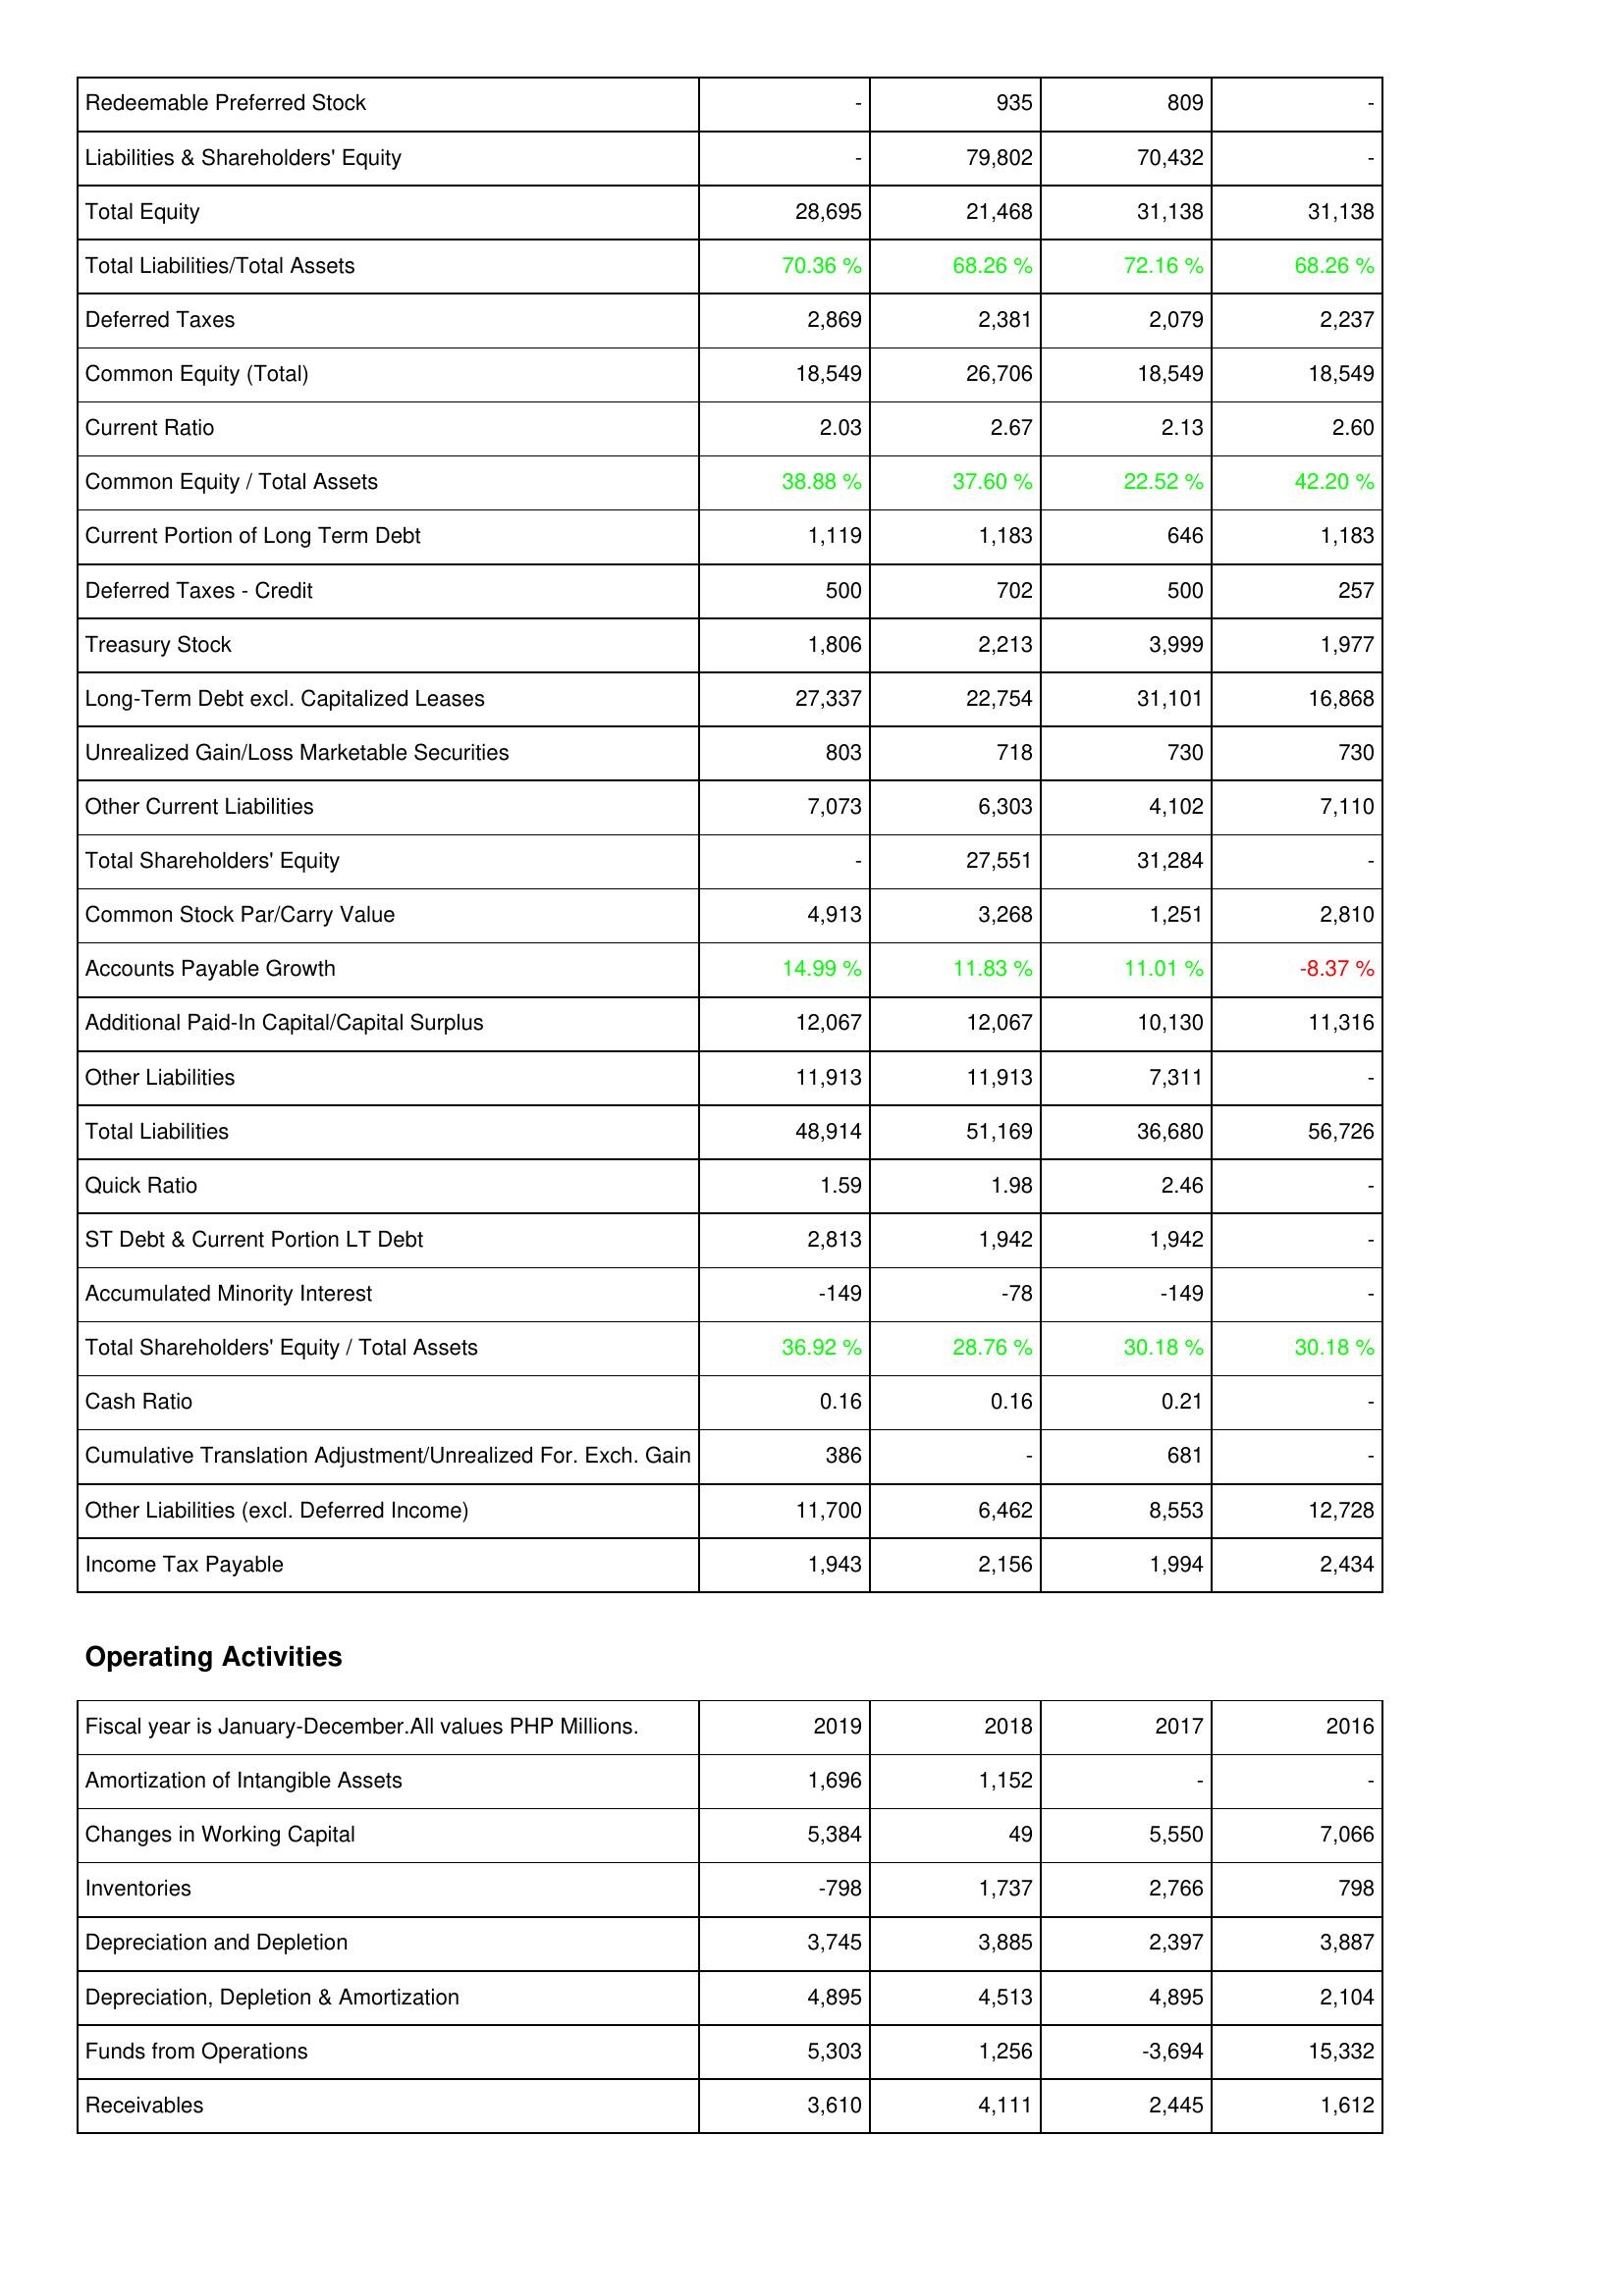
2019: Liabilities & Shareholders' Equity: Redeemable Preferred Stock: -
Liabilities & Shareholders' Equity: -
Total Equity: 28,695
Total Liabilities/Total Assets: 70.36 %
Deferred Taxes: 2,869
Common Equity (Total): 18,549
Current Ratio: 2.03
Common Equity / Total Assets: 38.88 %
Current Portion of Long Term Debt: 1,119
Deferred Taxes - Credit: 500
Treasury Stock: 1,806
Long-Term Debt excl. Capitalized Leases: 27,337
Unrealized Gain/Loss Marketable Securities: 803
Other Current Liabilities: 7,073
Total Shareholders' Equity: -
Common Stock Par/Carry Value: 4,913
Accounts Payable Growth: 14.99 %
Additional Paid-In Capital/Capital Surplus: 12,067
Other Liabilities: 11,913
Total Liabilities: 48,914
Quick Ratio: 1.59
ST Debt & Current Portion LT Debt: 2,813
Accumulated Minority Interest: -149
Total Shareholders' Equity / Total Assets: 36.92 %
Cash Ratio: 0.16
Cumulative Translation Adjustment/Unrealized For. Exch. Gain: 386
Other Liabilities (excl. Deferred Income): 11,700
Income Tax Payable: 1,943
Operating Activities: Amortization of Intangible Assets: 1,696
Changes in Working Capital: 5,384
Inventories: -798
Depreciation and Depletion: 3,745
Depreciation, Depletion & Amortization: 4,895
Funds from Operations: 5,303
Receivables: 3,610
2018: Liabilities & Shareholders' Equity: Redeemable Preferred Stock: 935
Liabilities & Shareholders' Equity: 79,802
Total Equity: 21,468
Total Liabilities/Total Assets: 68.26 %
Deferred Taxes: 2,381
Common Equity (Total): 26,706
Current Ratio: 2.67
Common Equity / Total Assets: 37.60 %
Current Portion of Long Term Debt: 1,183
Deferred Taxes - Credit: 702
Treasury Stock: 2,213
Long-Term Debt excl. Capitalized Leases: 22,754
Unrealized Gain/Loss Marketable Securities: 718
Other Current Liabilities: 6,303
Total Shareholders' Equity: 27,551
Common Stock Par/Carry Value: 3,268
Accounts Payable Growth: 11.83 %
Additional Paid-In Capital/Capital Surplus: 12,067
Other Liabilities: 11,913
Total Liabilities: 51,169
Quick Ratio: 1.98
ST Debt & Current Portion LT Debt: 1,942
Accumulated Minority Interest: -78
Total Shareholders' Equity / Total Assets: 28.76 %
Cash Ratio: 0.16
Cumulative Translation Adjustment/Unrealized For. Exch. Gain: -
Other Liabilities (excl. Deferred Income): 6,462
Income Tax Payable: 2,156
Operating Activities: Amortization of Intangible Assets: 1,152
Changes in Working Capital: 49
Inventories: 1,737
Depreciation and Depletion: 3,885
Depreciation, Depletion & Amortization: 4,513
Funds from Operations: 1,256
Receivables: 4,111
2017: Liabilities & Shareholders' Equity: Redeemable Preferred Stock: 809
Liabilities & Shareholders' Equity: 70,432
Total Equity: 31,138
Total Liabilities/Total Assets: 72.16 %
Deferred Taxes: 2,079
Common Equity (Total): 18,549
Current Ratio: 2.13
Common Equity / Total Assets: 22.52 %
Current Portion of Long Term Debt: 646
Deferred Taxes - Credit: 500
Treasury Stock: 3,999
Long-Term Debt excl. Capitalized Leases: 31,101
Unrealized Gain/Loss Marketable Securities: 730
Other Current Liabilities: 4,102
Total Shareholders' Equity: 31,284
Common Stock Par/Carry Value: 1,251
Accounts Payable Growth: 11.01 %
Additional Paid-In Capital/Capital Surplus: 10,130
Other Liabilities: 7,311
Total Liabilities: 36,680
Quick Ratio: 2.46
ST Debt & Current Portion LT Debt: 1,942
Accumulated Minority Interest: -149
Total Shareholders' Equity / Total Assets: 30.18 %
Cash Ratio: 0.21
Cumulative Translation Adjustment/Unrealized For. Exch. Gain: 681
Other Liabilities (excl. Deferred Income): 8,553
Income Tax Payable: 1,994
Operating Activities: Amortization of Intangible Assets: -
Changes in Working Capital: 5,550
Inventories: 2,766
Depreciation and Depletion: 2,397
Depreciation, Depletion & Amortization: 4,895
Funds from Operations: -3,694
Receivables: 2,445
2016: Liabilities & Shareholders' Equity: Redeemable Preferred Stock: -
Liabilities & Shareholders' Equity: -
Total Equity: 31,138
Total Liabilities/Total Assets: 68.26 %
Deferred Taxes: 2,237
Common Equity (Total): 18,549
Current Ratio: 2.60
Common Equity / Total Assets: 42.20 %
Current Portion of Long Term Debt: 1,183
Deferred Taxes - Credit: 257
Treasury Stock: 1,977
Long-Term Debt excl. Capitalized Leases: 16,868
Unrealized Gain/Loss Marketable Securities: 730
Other Current Liabilities: 7,110
Total Shareholders' Equity: -
Common Stock Par/Carry Value: 2,810
Accounts Payable Growth: -8.37 %
Additional Paid-In Capital/Capital Surplus: 11,316
Other Liabilities: -
Total Liabilities: 56,726
Quick Ratio: -
ST Debt & Current Portion LT Debt: -
Accumulated Minority Interest: -
Total Shareholders' Equity / Total Assets: 30.18 %
Cash Ratio: -
Cumulative Translation Adjustment/Unrealized For. Exch. Gain: -
Other Liabilities (excl. Deferred Income): 12,728
Income Tax Payable: 2,434
Operating Activities: Amortization of Intangible Assets: -
Changes in Working Capital: 7,066
Inventories: 798
Depreciation and Depletion: 3,887
Depreciation, Depletion & Amortization: 2,104
Funds from Operations: 15,332
Receivables: 1,612